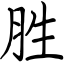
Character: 胜